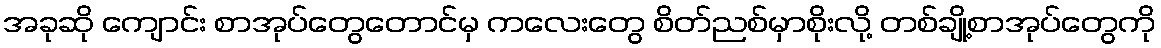
အခုဆို ကျောင်း စာအုပ်တွေတောင်မှ ကလေးတွေ စိတ်ညစ်မှာစိုးလို့ တစ်ချို့စာအုပ်တွေကို